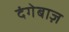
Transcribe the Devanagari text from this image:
दंगेबाज़